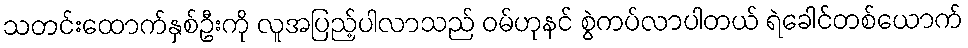
သတင်းထောက်နှစ်ဦးကို လူအပြည့်ပါလာသည် ဝမ်ဟုနင် စွဲကပ်လာပါတယ် ရဲခေါင်တစ်ယောက်